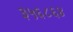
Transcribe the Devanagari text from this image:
३५६८६४